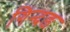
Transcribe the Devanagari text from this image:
गिन्दङ